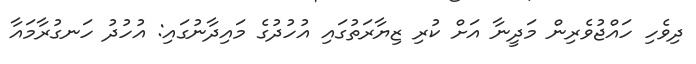
ދިވެހި ހައްޖުވެރިން މަދީނާ އަށް ކުރި ޒިޔާރަތުގައި އުހުދުގެ މައިދާނުގައި: އުހުދު ހަނގުރާމައާ